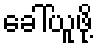
ခေါ်ယူဖို့